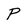
Character: P